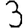
Digit: 3